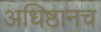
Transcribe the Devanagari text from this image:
अधिष्ठानच